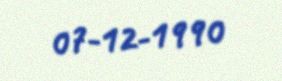
07-12-1990